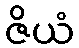
ဇိယံ